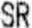
SR